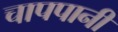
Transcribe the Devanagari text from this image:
चापपानी